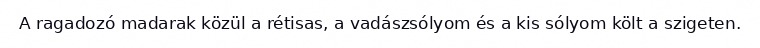
A ragadozó madarak közül a rétisas, a vadászsólyom és a kis sólyom költ a szigeten.